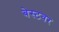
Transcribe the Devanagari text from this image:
बेस्टवर